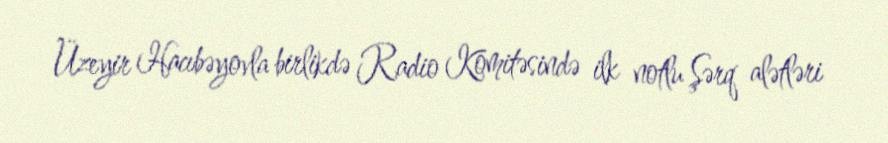
Üzeyir Hacıbəyovla birlikdə Radio Komitəsində ilk notlu Şərq alətləri